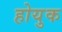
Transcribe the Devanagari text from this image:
होयुक